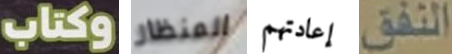
وكتاب المنظار إعادتهم النفق